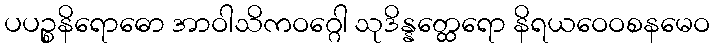
ပပဉ္စနိရောဓော အာဝါသိကဝဂ္ဂေါ သုဒိန္နတ္ထေရော နိရယဝေဝစနမေဝ